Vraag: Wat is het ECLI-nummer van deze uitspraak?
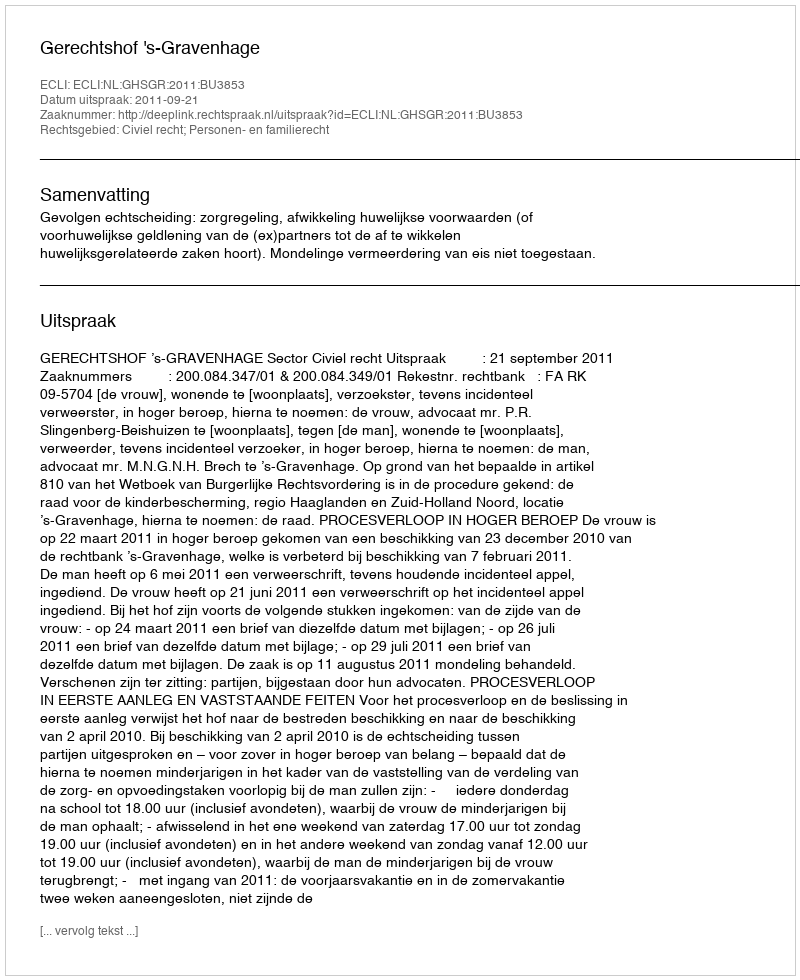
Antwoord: ECLI:NL:GHSGR:2011:BU3853